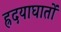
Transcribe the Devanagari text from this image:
ह्रदयाघातों